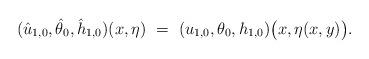
LaTeX: \begin{align*}(\hat u_{1,0},\hat\theta_0,\hat h_{1,0})(x,\eta)~=~(u_{1,0},\theta_0,h_{1,0})\big(x,\eta(x,y)\big).\end{align*}